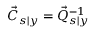
\vec { C } _ { s \vert y } = \vec { Q } _ { s \vert y } ^ { - 1 }